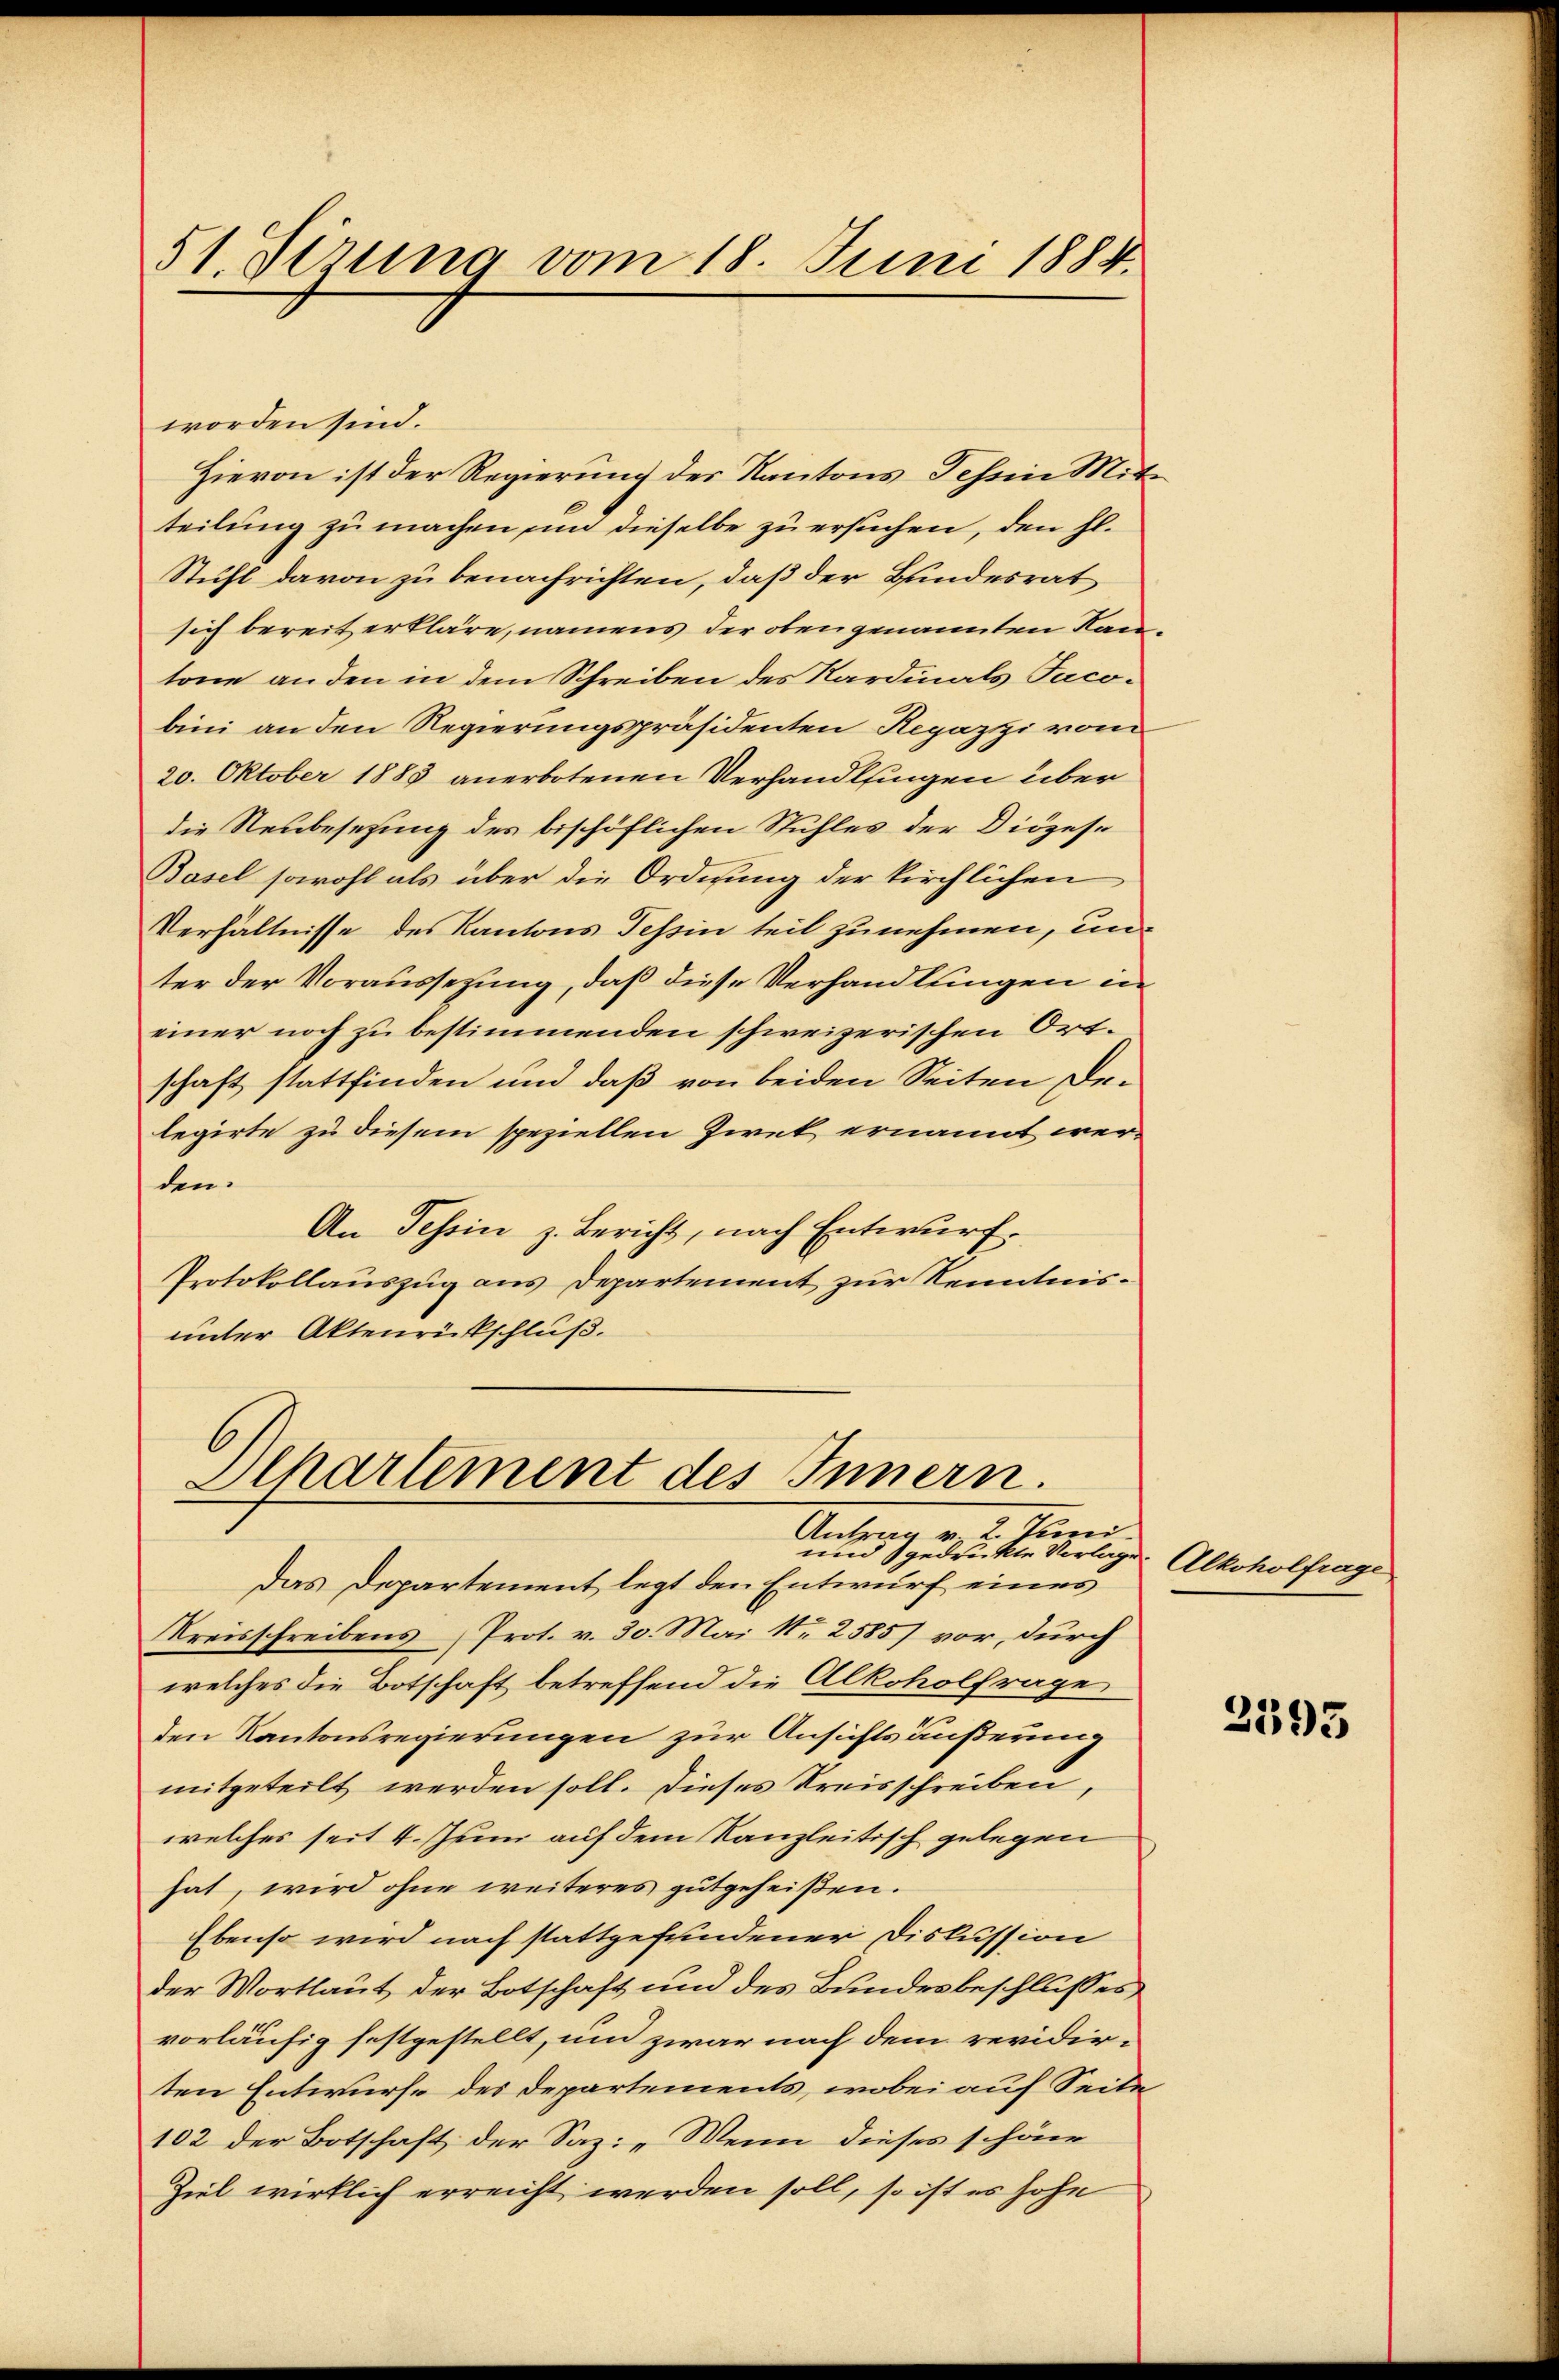
51. Sirung vom 18. Juni 1884.

worden sind.
Hievon ist der Regierung des Kantons Schein Mitteilung zu machen, un dieselbe zu ersuchen, den hl.
Stuhl davon zu benachrichten, daß der Bundesrat
sich bereit erkläre, namens der oben genannten Kantone an den in dem Schreiben des Sardinals Facobini an den Regierungspräsidenten Repazzi vom
20. Oktober 1883 anerbotenen Verhandlungen über
die Neubesezung des bischöflichen Stuhles der Diözese
Basel sowohl als über die Ordnung der kirchlichen
Verhältnisse des Kantons Tessin teil zunehmen, un
ter der Voraussezung, daß diese Verhandlungen in
einer noch zu bestimmenden schweizerischen Ortschaft stattfinden und daß von beiden Seiten Delegirte zu diesem speziellen Zwek ernannt wer-
den.
An Tessin z. Bericht, nach Entwurf.
Protokollauszug aus Departement zur Kenntnisunter Aktenrückschluß.

l
Departement des Innern.
Antrag v. 2. Mann.

und gedruckte Vorlage. Alkoholfrage
Das Departement legt den Entwurf eines
Kreisschreibens (Prot. v. 30. Mai No 2585) vor, durch
welches die Botschaft betreffend die Alkoholfrage
den Kantonsregierungen zur Ansichts äußerung
mitgeteilt werden soll. Dieses Kreisschreiben,
welches seit 4. Juni auf dem Kanzleitisch gelegen
hat, wird ohne weiteres gutgeheißen.
Ebenso wird nach stattgefundener Diskussion
der Wortlaut der Botschaft und des Bundesbeschlusses
vorläufig festgestellt, und zwar nach dem revidirten Entwurfe des Departements, wobei auf Seite
102 der Botschaft der Saz: „Wenn dieses schöne
Ziel wirklich erreicht werden soll, so ist es hohe

2595